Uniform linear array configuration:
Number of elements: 48
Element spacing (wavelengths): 1
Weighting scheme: binomial
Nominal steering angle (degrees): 45
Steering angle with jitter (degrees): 46.915
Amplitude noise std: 0.05
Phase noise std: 0.05

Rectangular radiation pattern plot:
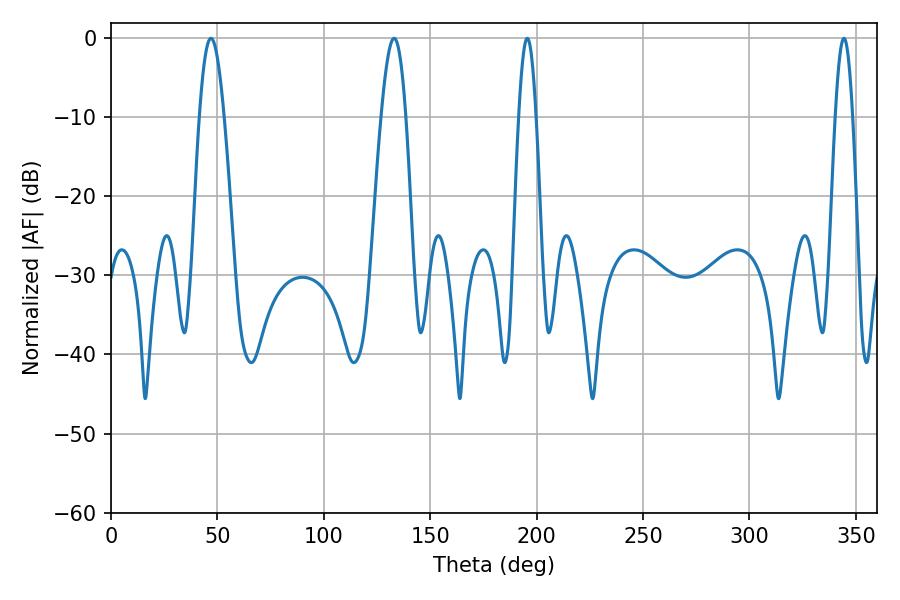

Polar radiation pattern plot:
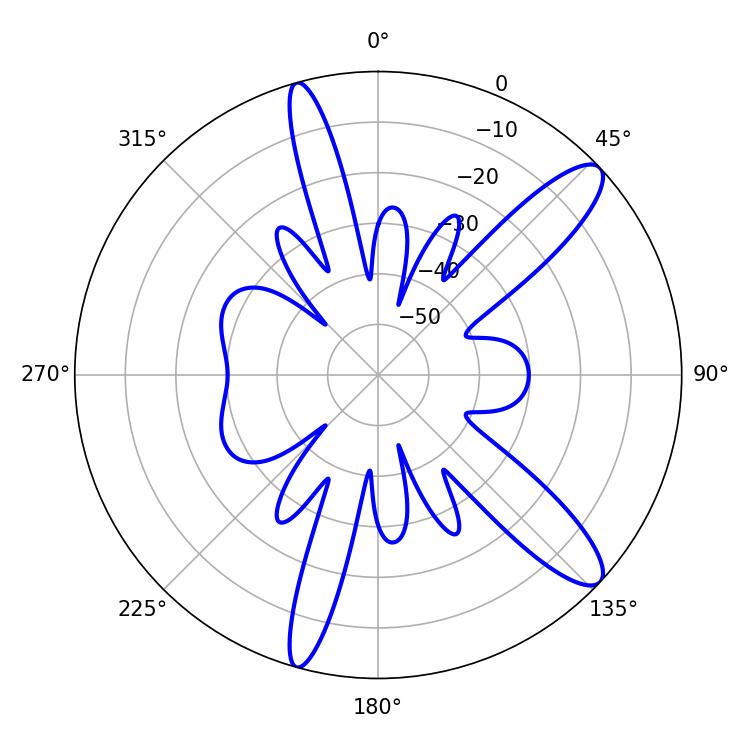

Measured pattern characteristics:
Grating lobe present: TRUE
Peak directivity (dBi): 11.924
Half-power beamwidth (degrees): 6.3
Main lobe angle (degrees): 46.98